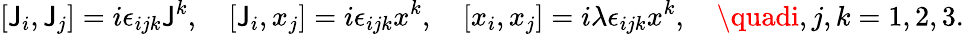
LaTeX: [\mathsf{J}_{i},\mathsf{J}_{j}]=i\epsilon_{ijk}\mathsf{J}^{k},\quad[\mathsf{J}_{i},x_{j}]=i\epsilon_{ijk}x^{k},\quad[x_{i},x_{j}]=i\lambda\epsilon_{ijk}x^{k},\quad\quadi,j,k=1,2,3.